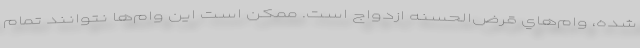
شده، وام‌هاي قرض‌الحسنه ازدواج است. ممکن است اين وام‌ها نتوانند تمام